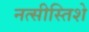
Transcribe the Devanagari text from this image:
नत्सीस्तिशे